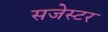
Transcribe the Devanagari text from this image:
सजेस्टर